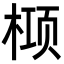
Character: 𬃛